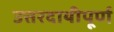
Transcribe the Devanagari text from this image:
उत्तरदायीपूर्ण